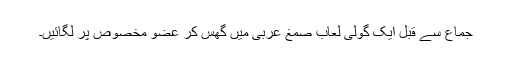
جماع سے قبل ایک گولی لعاب صمغ عربی میں گھس کر عضوِ مخصوص پر لگائیں۔